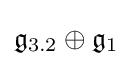
{\mathfrak {g}}_{3.2}\oplus {\mathfrak {g}}_{1}